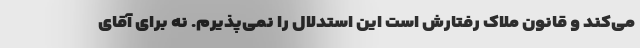
می‌کند و قانون ملاک رفتارش است این استدلال را نمی‌پذیرم. نه برای آقای